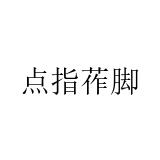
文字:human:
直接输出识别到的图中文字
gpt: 点指莋脚